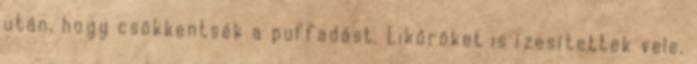
után, hogy csökkentsék a puffadást. Likőröket is ízesítettek vele,